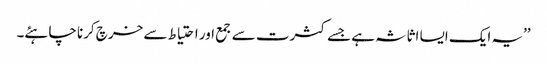
’’یہ ایک ایسا اثاثہ ہے جسے کثرت سے جمع اور احتیاط سے خرچ کرنا چاہئے۔